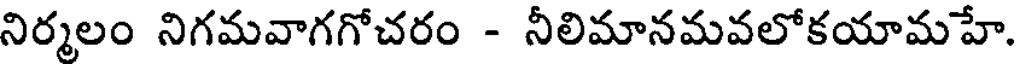
నిర్మలం నిగమవాగగోచరం - నీలిమానమవలోకయామహే.